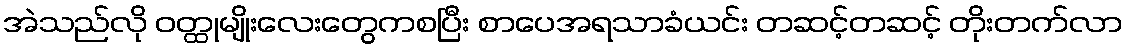
အဲသည်လို ဝတ္ထုမျိုးလေးတွေကစပြီး စာပေအရသာခံယင်း တဆင့်တဆင့် တိုးတက်လာ